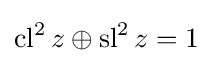
\operatorname {cl^{2}} z\oplus \operatorname {sl^{2}} z=1